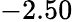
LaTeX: -2.50